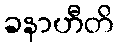
ခနာဟီတိ